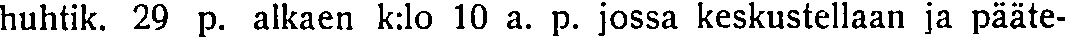
huhtik. 29 p. alkaen k:lo 10 a. p. jossa keskustellaan ja pääte-